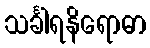
သင်္ခါရနိရောဓာ